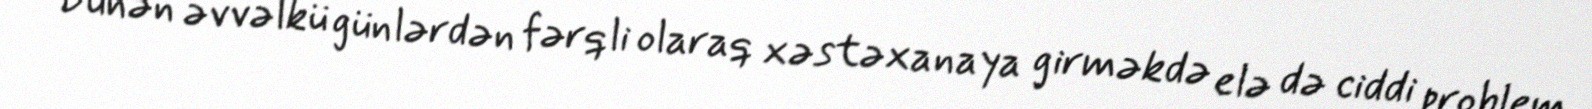
Dünən əvvəlkü günlərdən fərqli olaraq xəstəxanaya girməkdə elə də ciddi problem